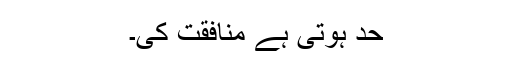
حد ہوتی ہے منافقت کی۔